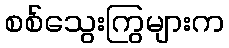
စစ်သွေးကြွများက